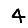
Digit: 4